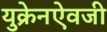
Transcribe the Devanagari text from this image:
युक्रेनऐवजी